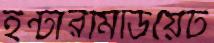
ইন্টারমিডিয়েট